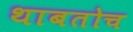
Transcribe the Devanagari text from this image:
थाबतोच